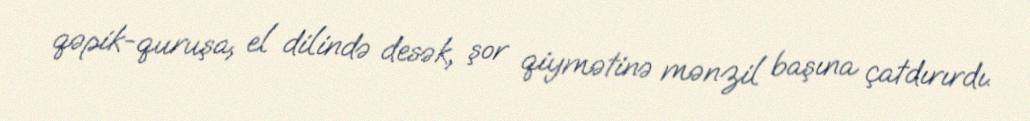
qəpik-quruşa, el dilində desək, şor qiymətinə mənzil başına çatdırırdı.